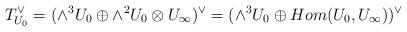
LaTeX: \begin{align*}T_{U_0}^{\vee}=(\wedge^3 U_0\oplus \wedge^2U_0\otimes U_\infty)^\vee=(\wedge^3 U_0\oplus Hom(U_0, U_\infty))^\vee\end{align*}